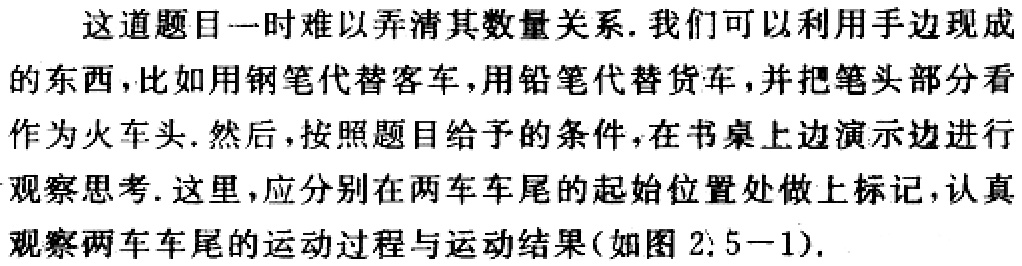
这道题目一时难以弄清其数量关系. 我们可以利用手边现成

的东西, 比如用钢笔代替客车, 用铅笔代替货车, 并把笔头部分看

作为火车头. 然后, 按照题目给予的条件, 在书桌上边演示边进行

观察思考. 这里, 应分别在两车车尾的起始位置处做上标记, 认真

观察两车车尾的运动过程与运动结果(如图 2.5−1).